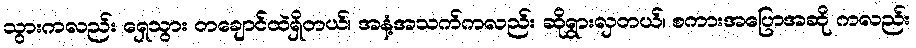
သွားကလည်း ရှေသွား တချောင်ထဲရှိတယ်၊ အနံ့အသက်ကလည်း ဆိုရွားလှတယ်၊ စကားအပြောအဆို ကလည်း